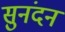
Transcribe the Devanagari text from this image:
सुनंदन